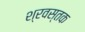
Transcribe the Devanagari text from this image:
श्रवस्तक